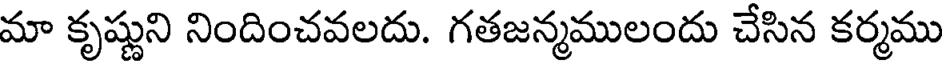
మా కృష్ణుని నిందించవలదు. గతజన్మములందు చేసిన కర్మము